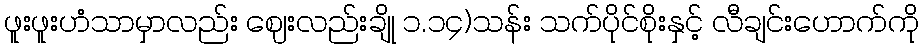
ဖူးဖူးဟံသာမှာလည်း ဈေးလည်းချို ၁.၁၄)သန်း သက်ပိုင်စိုးနှင့် လီချင်းဟောက်ကို